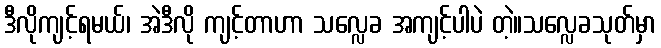
ဒီလိုကျင့်ရမယ်၊ အဲဒီလို ကျင့်တာဟာ သလ္လေခ အကျင့်ပါပဲ တဲ့။သလ္လေခသုတ်မှာ